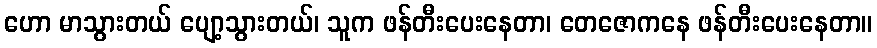
ဟော မာသွားတယ် ပျော့သွားတယ်၊ သူက ဖန်တီးပေးနေတာ၊ တေဇောကနေ ဖန်တီးပေးနေတာ။